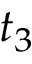
t _ { 3 }